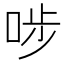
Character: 𠳤